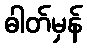
ဓါတ်မှန်